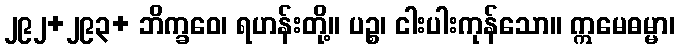
၂၉၂+၂၉၃+ ဘိက္ခဝေ၊ ရဟန်းတို့။ ပဉ္စ၊ ငါးပါးကုန်သော။ ဣမေဓမ္မာ၊